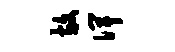
放俾